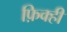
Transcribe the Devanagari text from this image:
फ़िक्ही